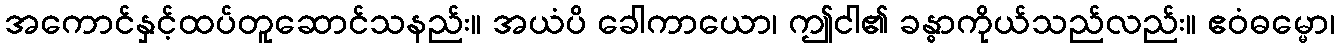
အကောင်နှင့်ထပ်တူဆောင်သနည်း။ အယံပိ ခေါကာယော၊ ဤငါ၏ ခန္ဓာကိုယ်သည်လည်း။ ဧဝံဓမ္မော၊